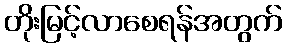
တိုးမြင့်လာစေရန်အတွက်